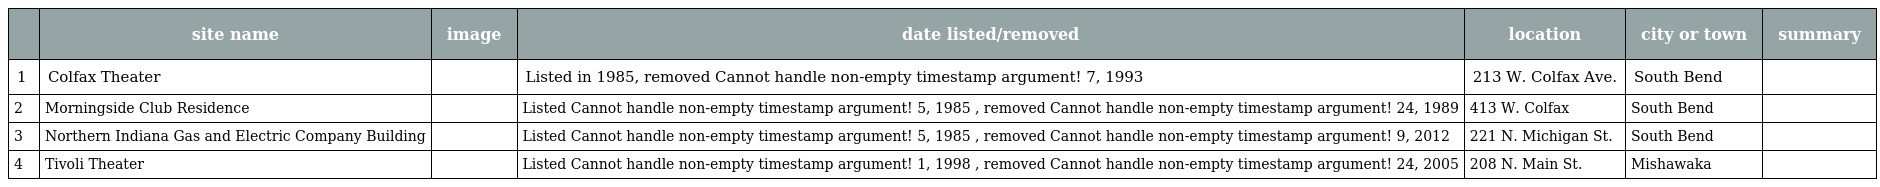
|  | site name | image | date listed/removed | location | city or town | summary |
 | --- | --- | --- | --- | --- | --- | --- |
 | 1 | Colfax Theater |  | Listed in 1985, removed Cannot handle non-empty timestamp argument! 7, 1993 | 213 W. Colfax Ave. | South Bend |  |
 | 2 | Morningside Club Residence |  | Listed Cannot handle non-empty timestamp argument! 5, 1985 , removed Cannot handle non-empty timestamp argument! 24, 1989 | 413 W. Colfax | South Bend |  |
 | 3 | Northern Indiana Gas and Electric Company Building |  | Listed Cannot handle non-empty timestamp argument! 5, 1985 , removed Cannot handle non-empty timestamp argument! 9, 2012 | 221 N. Michigan St. | South Bend |  |
 | 4 | Tivoli Theater |  | Listed Cannot handle non-empty timestamp argument! 1, 1998 , removed Cannot handle non-empty timestamp argument! 24, 2005 | 208 N. Main St. | Mishawaka |  |